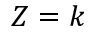
Z = k